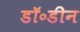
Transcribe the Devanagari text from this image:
डॉ॰डीन